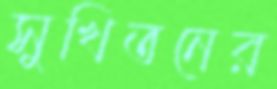
সুখিতনের